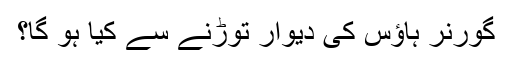
گورنر ہاؤس کی دیوار توڑنے سے کیا ہو گا؟